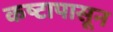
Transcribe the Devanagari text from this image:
कष्टापासून